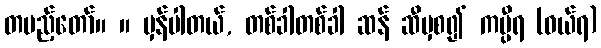
တပည့်တော်။ ။ မှန်ပါတယ်, တစ်ခါတစ်ခါ ဆန် ဆီမှစ၍ ကပ္ပီရ (ဝယ်ရ)